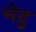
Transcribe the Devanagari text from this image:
भेदु